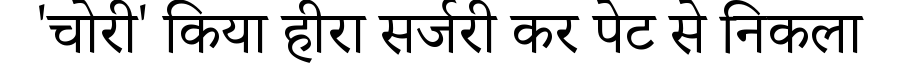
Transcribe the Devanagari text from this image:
'चोरी' किया हीरा सर्जरी कर पेट से निकला